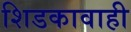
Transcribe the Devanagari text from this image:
शिडकावाही